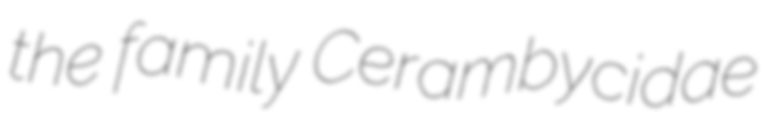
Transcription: the family Cerambycidae